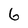
Character: 6